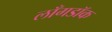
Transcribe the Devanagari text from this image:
लाँगडॉक